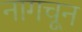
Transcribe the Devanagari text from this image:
नागचून